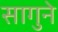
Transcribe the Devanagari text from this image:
सागुने